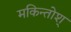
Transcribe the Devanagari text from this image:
मकिन्तोश्